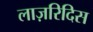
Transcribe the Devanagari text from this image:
लाज़रिदिस